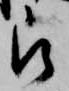
被